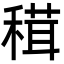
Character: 穁